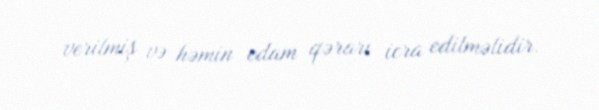
verilmiş və həmin edam qərarı icra edilməlidir.